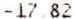
-17.82